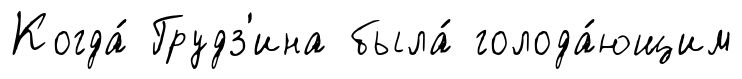
Когда́ Грудз'ина была́ голода́ющим